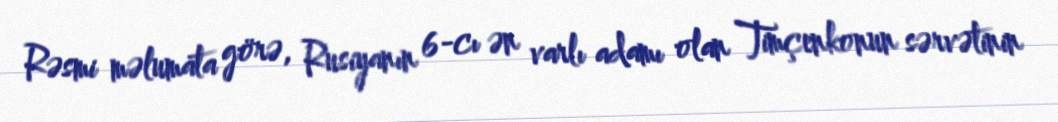
Rəsmi məlumata görə, Rusiyanın 6-cı ən varlı adamı olan Timçenkonun sərvətinin